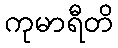
ကုမာရီတိ